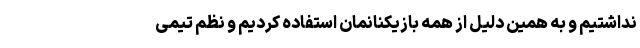
نداشتیم و به همین دلیل از همه بازیکنانمان استفاده کردیم و نظم تیمی